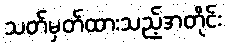
သတ်မှတ်ထားသည့်အတိုင်း